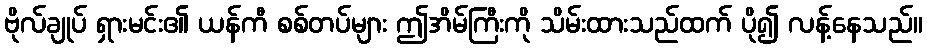
ဗိုလ်ချုပ် ရှားမင်း၏ ယန်ကီ စစ်တပ်များ ဤအိမ်ကြီးကို သိမ်းထားသည်ထက် ပို၍ လန့်နေသည်။